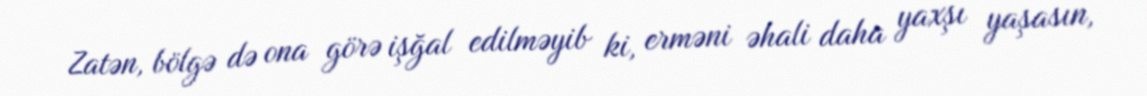
Zatən, bölgə də ona görə işğal edilməyib ki, erməni əhali daha yaxşı yaşasın,